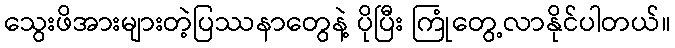
သွေးဖိအားများတဲ့ပြဿနာတွေနဲ့ ပိုပြီး ကြုံတွေ့လာနိုင်ပါတယ်။